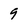
Character: 9